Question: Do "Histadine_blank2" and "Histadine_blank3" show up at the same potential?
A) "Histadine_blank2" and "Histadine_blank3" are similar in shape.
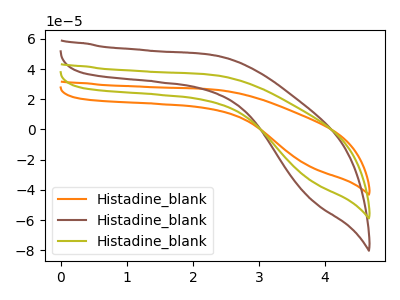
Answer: <think>The orange curve "Histadine_blank1" has no peaks. The brown curve "Histadine_blank2" has no peaks. The olive curve "Histadine_blank3" has no peaks.
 Neither "Histadine_blank2" or "Histadine_blank3" have any peaks.</think>
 <answer>A) "Histadine_blank2" and "Histadine_blank3" are similar in shape.</answer>
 <eval>A</eval>